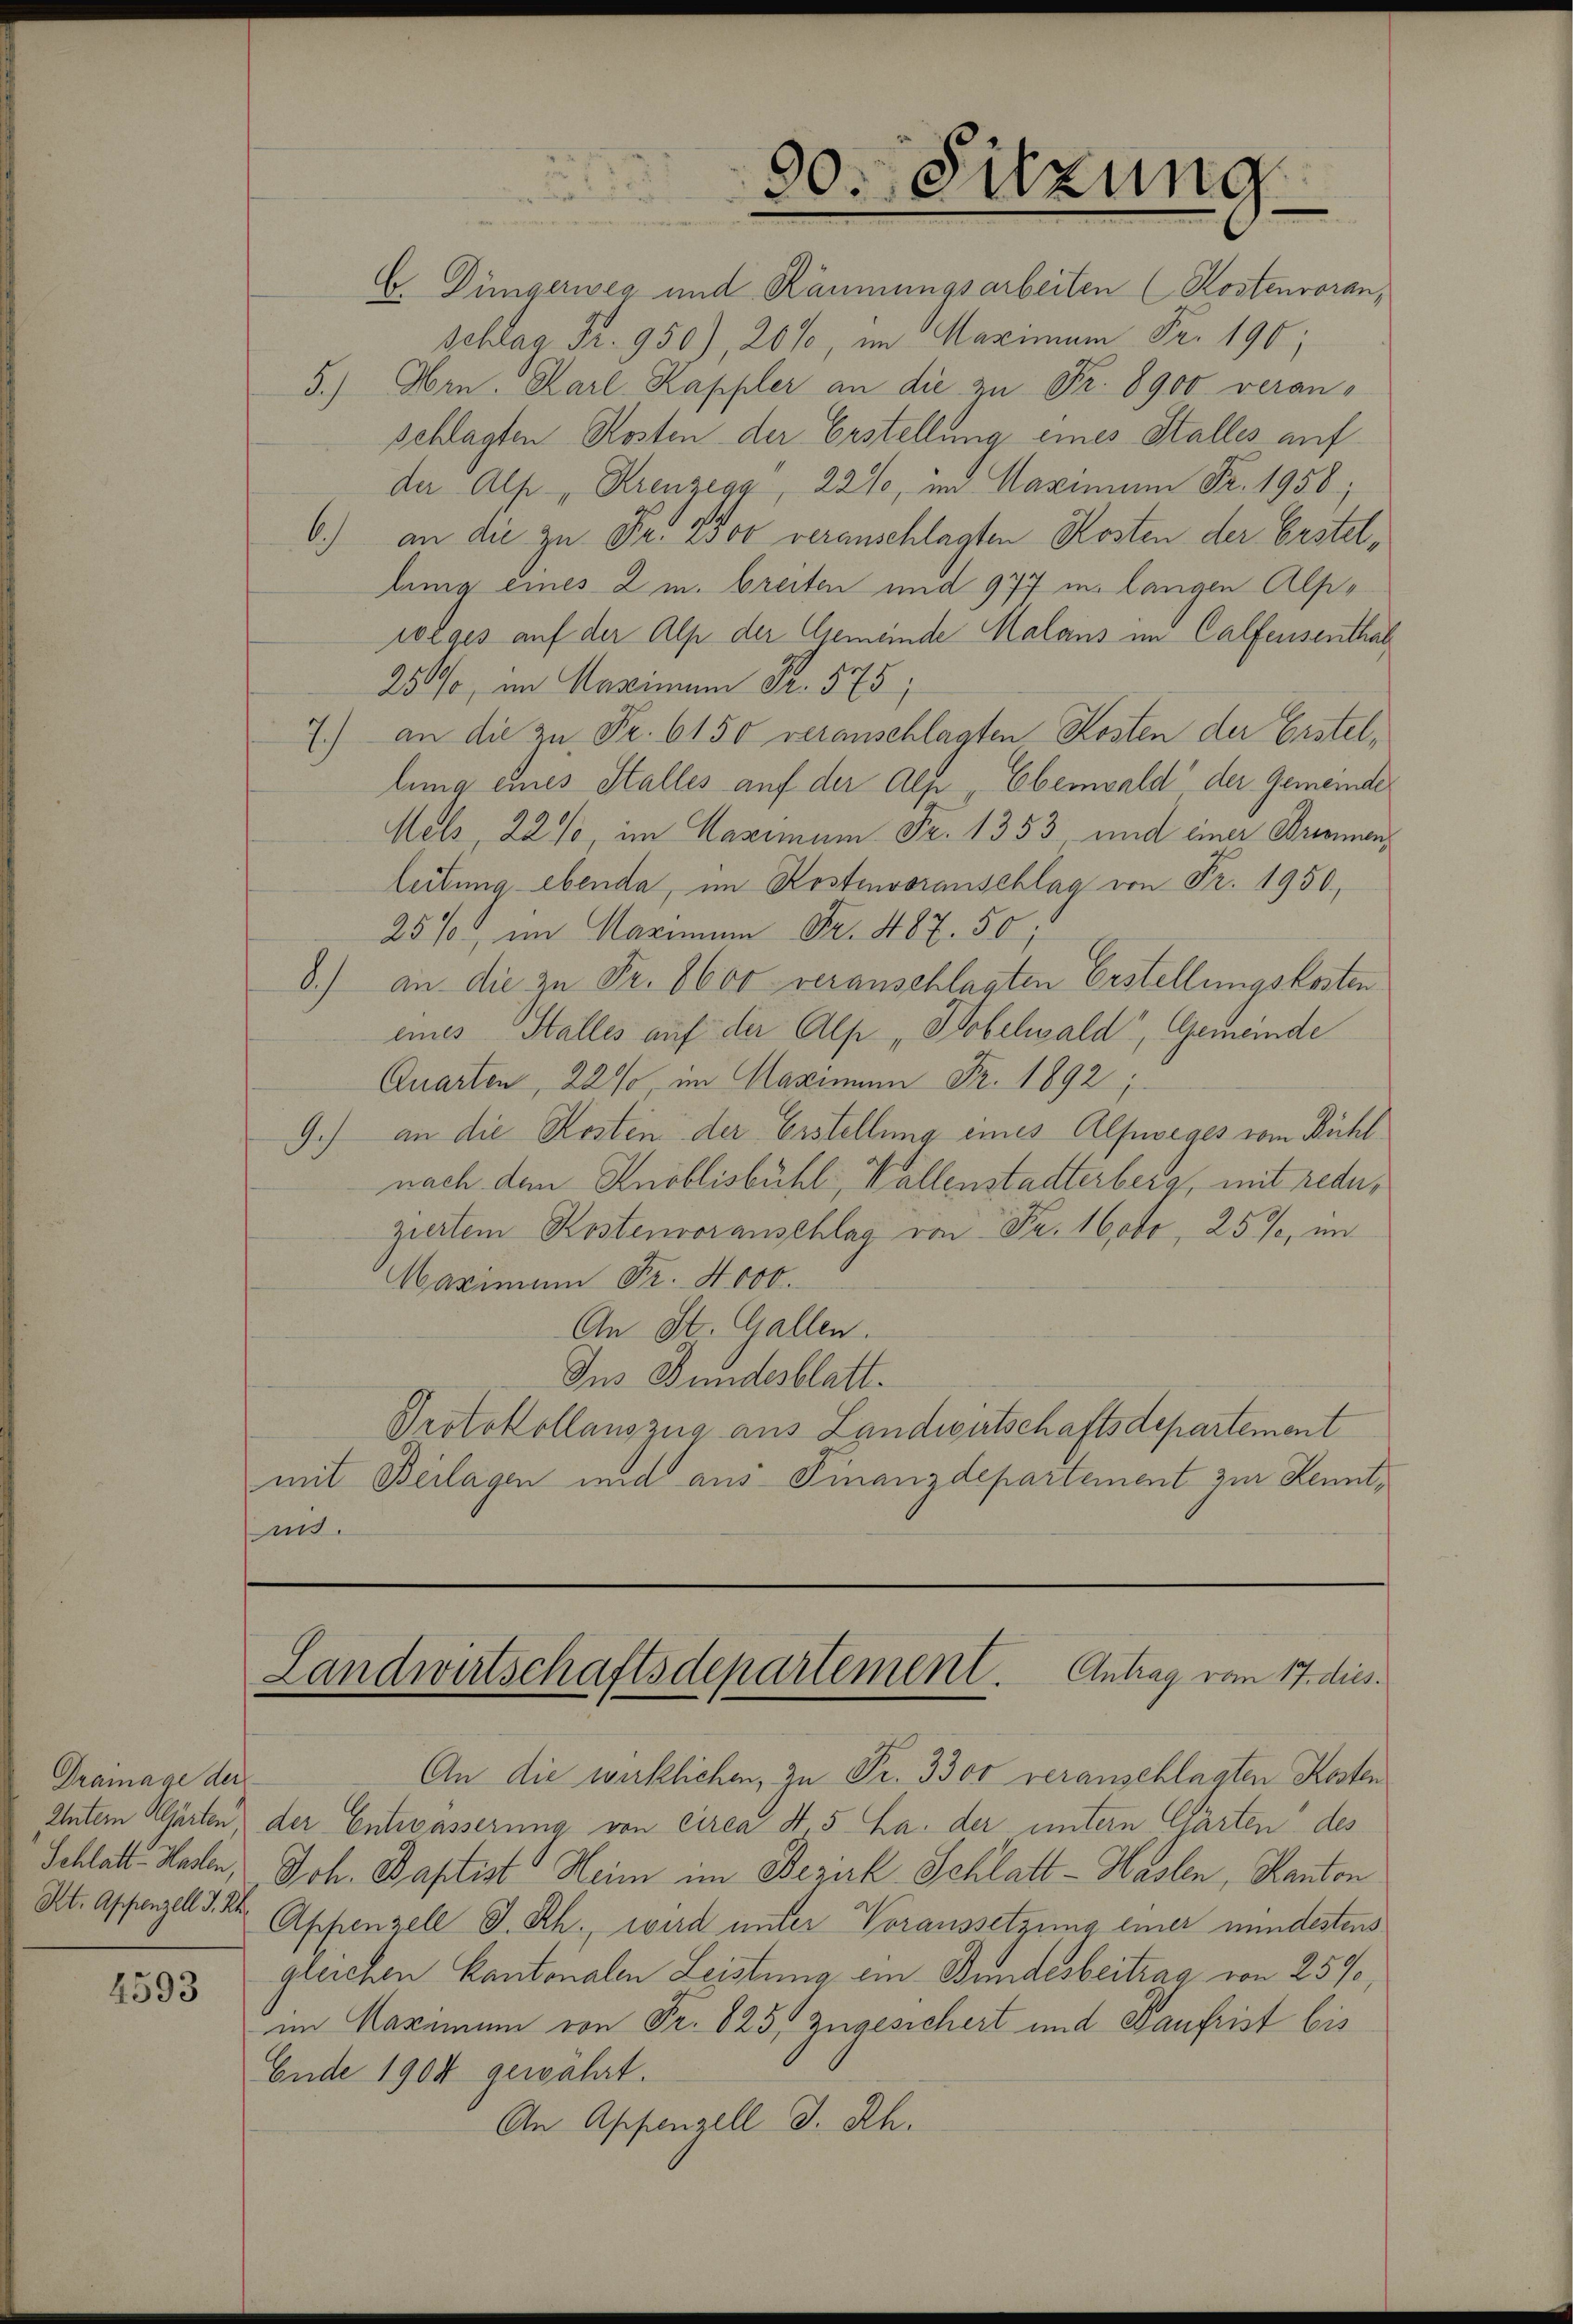
Drainage der
Kt. Appenzell I. Rh.

4593

Landwirtschaftsdepartement. Antrag vom 17. dies

30. Sitzung

E Düngerweg und Räumungsarbeiten (Kostenvoran,
Schlag Fr. 950), 20% Maximum Fr. 190;
5.) Hrn. Karl Kappler an die zu Fr. 8900 veran-
schlagten Kosten der Erstellung eines Stalles auf
der Alpe "Kreuzega, 22%, im Maximum Fr. 1956;
6.) an die zu Fr. 2500 veranschlagten Kosten der Erstellung eines 2 m breiten und 977 in langen Alpe
rolges auf der Alp der Gemeinde Malans im Calfensenthal
25%, im Maximum Fr. 575
7.) an die zu Fr. 6150 veranschlagten Kosten der Erstellung eines Stalles auf der Alp Eberwald der Gemeinde
Mels, 22 %, im Maximum Fr. 1353, und einer Briennen,
leitung ebenda, im Kostenvoranschlag von Fr. 1950,
25%, im Maximum Fr. 487. 50;
8.) an die zu Fr. 8600 veranschlagten Erstellungskosten
eines Stalles auf der Alp „Hobelwald, Gemeinde
Quarten, 22%, im Maximum Fr. 1892 ;
9.) an die Kosten der Erstellung eines Alpseges vom Rühlnach dem Knoblisbühl Wallenstatterberg, mit reduziertem Kostenvoranschlag von Fr. 160fr, 25%, im
Maximum Fr. 4000.
An St. Gallen.
Ins Bundesblatt.
Protokollauszug aus Landwirtschaftsdepartement
mit Beilagen und aus Finanzdepartement zur Kenntmt

An die wirklichen, zu Fr. 3300 veranschlagten Resten
Entern Garten, der Entwässerung von circa S. 5 ha. der untern Charten des
Schlatt Hallen, Joh. Baptist Heim im Bezirk Schlatt - Haslen, Kanton
Appenzell I.Rh., wird unter Voraussetzung einer mindestens
gleichen Kantonalen Leistung ein Bundesbeitrag von 25%,
im Maximum von Fr. 825. zugesichert und Kaufrist bis
Ende 1904 gewährt.
An Appenzell I. Rh.